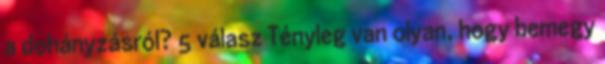
a dohányzásról? 5 válasz Tényleg van olyan, hogy bemegy